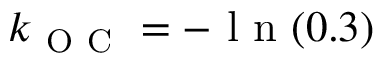
k _ { \mathrm { ~ O ~ C ~ } } = - \mathrm { ~ l ~ n ~ } ( 0 . 3 )